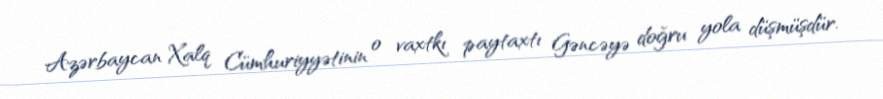
Azərbaycan Xalq Cümhuriyyətinin o vaxtkı paytaxtı Gəncəyə doğru yola düşmüşdür.